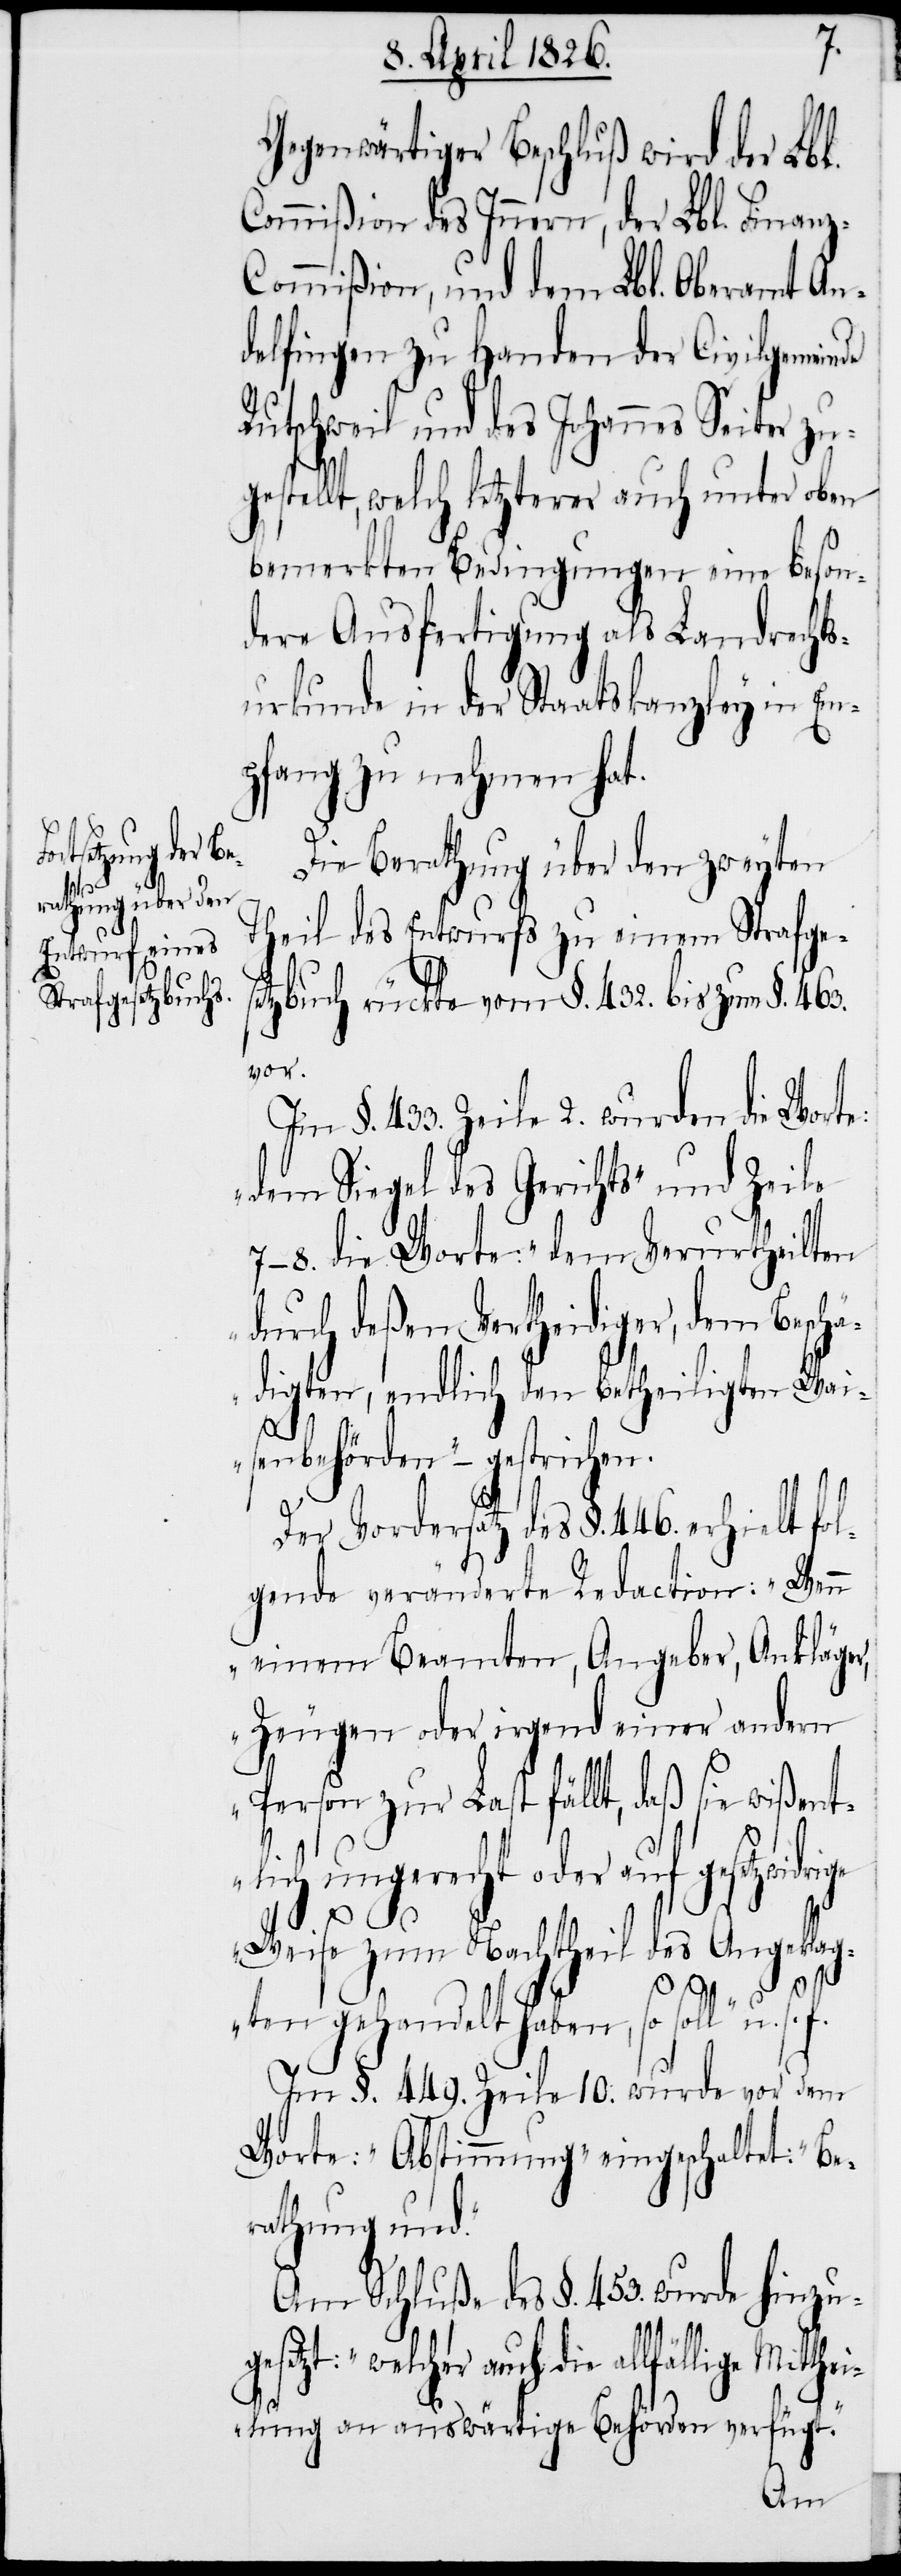
f.
Gegenwärtiger Beschluß wird der Lbl.
Commißion des Innern, der Lbl. Finanz-C¬
ommißion, und dem Lbl. Oberamt An¬
delfingen zu Handen der Civilgemein¬
Rutschweil und des Johannes Seiter zu¬
gestellt, welch letzterer auch unter oben
bemerkten Bedingungen eine beson¬
dere Ausfertigung als Landrechts¬
urkunde in der Staatskanzley in Em¬
pfang zu nehmen hat.
Die Berathung über den zweyten
Theil des Entwurfs zu einem Strafgese¬
tzbuch rückte vom §. 432. bis zum §. 463.
vor.
Im §. 433. Zeile 2. wurden die Worte:
„dem Siegel des Gerichts“ und Zeile
7–8. die Worte: „dem Verurtheilten
durch deßen Vertheidiger, dem Bes¬
chädigten, endlich den betheiligten Wa¬
isenbehörden“ – gestrichen.
Der Vordersatz des §. 446. erhielt fol¬
gende veränderte Redaction: „Wenn
einem Beamten, Angeber, Ankläger,
Zeugen oder irgend einer andern
Person zur Last fällt, daß sie wißent¬
lich ungerecht oder auf gesetzwidri¬
ge
Weise zum Nachtheil des Angeklag¬
ten gehandelt haben, so soll“ u.
Im §. 449. Zeile 10. wurde vor dem
Worte: „Abstimmung“ eingeschaltet: „Be¬
rathung und.“
Am Schluße des §. 453. wurde hinzug¬
esetzt: „welcher auf die allfällige
lung an auswärtige Behörden verfügt.“
Mitthei¬